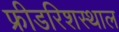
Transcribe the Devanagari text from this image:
फ्रीडरिशस्थाल